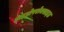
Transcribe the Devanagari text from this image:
हाइड्रोपरोक्साइड